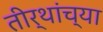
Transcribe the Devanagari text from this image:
तीर्थांच्या